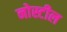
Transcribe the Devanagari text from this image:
नोस्टील